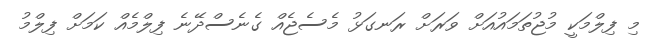
މި ފިލްމަކީ މުޖުތަމައުއަށް ވަރަށް ރަނގަޅު މެސެޖެއް ގެނެސްދޭނެ ފިލްމެއް ކަމަށް ފިލްމު